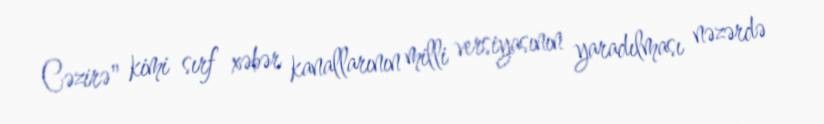
Cəzirə" kimi sırf xəbər kanallarının milli versiyasının yaradılması nəzərdə